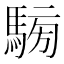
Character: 𩤐